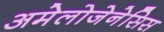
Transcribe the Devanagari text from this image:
अमेलोजेनेसिस